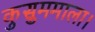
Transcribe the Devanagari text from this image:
कुसुममाला।